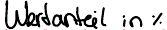
Wertanteil in %